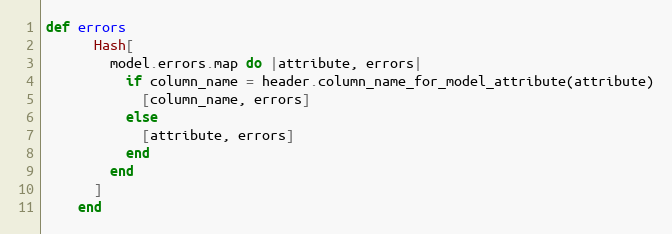
Language: Ruby
def errors
      Hash[
        model.errors.map do |attribute, errors|
          if column_name = header.column_name_for_model_attribute(attribute)
            [column_name, errors]
          else
            [attribute, errors]
          end
        end
      ]
    end